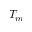
T _ { m }